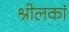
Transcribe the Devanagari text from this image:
श्रीलकां